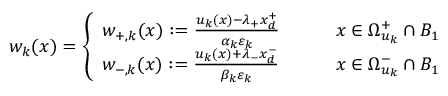
w _ { k } ( x ) = \left\{ \begin{array} { l l } { w _ { + , k } ( x ) : = \frac { u _ { k } ( x ) - \lambda _ { + } x _ { d } ^ { + } } { \alpha _ { k } \varepsilon _ { k } } \qquad } & { x \in \Omega _ { u _ { k } } ^ { + } \cap B _ { 1 } } \\ { w _ { - , k } ( x ) : = \frac { u _ { k } ( x ) + \lambda _ { - } x _ { d } ^ { - } } { \beta _ { k } \varepsilon _ { k } } \qquad } & { x \in \Omega _ { u _ { k } } ^ { - } \cap B _ { 1 } } \end{array} \right.